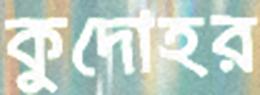
কুদোহর